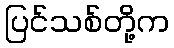
ပြင်သစ်တို့က